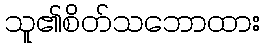
သူ၏စိတ်သဘောထား